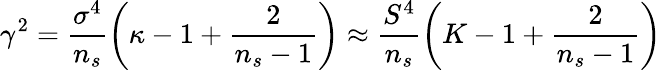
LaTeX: \gamma^{2}=\frac{\sigma^{4}}{n_{s}}\left(\kappa-1+\frac{2}{n_{s}-1}\right)\approx\frac{S^{4}}{n_{s}}\left(K-1+\frac{2}{n_{s}-1}\right)